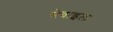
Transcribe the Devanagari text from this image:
सेवाइल